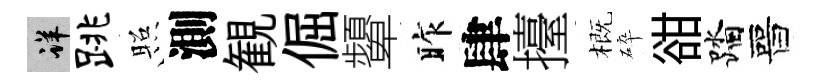
详跳照測観倔顰昨肆擡概碎𧮳踏晉